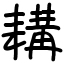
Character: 耩